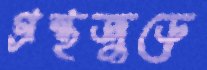
গ্রন্থজুড়ে